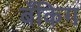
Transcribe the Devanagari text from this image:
बँकिग